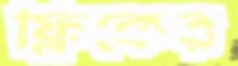
ফ্লিকের